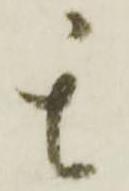
其